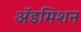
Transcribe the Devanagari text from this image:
अॅडमिशन